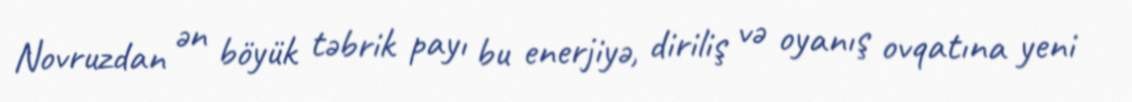
Novruzdan ən böyük təbrik payı bu enerjiyə, diriliş və oyanış ovqatına yeni